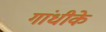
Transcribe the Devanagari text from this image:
गांधीके